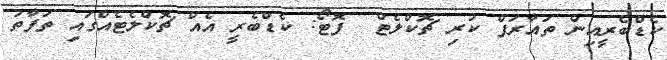
ކެޑްބެރީއިން ތައާރަފް ކުރި ޗޮކްލެޓް  ފޮޓޯ: ކެޑްބެރީ އެއް ޗޮކްލެޓެއްގައި ތަފާތު